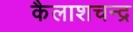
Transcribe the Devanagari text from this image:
कैलाशचन्द्र